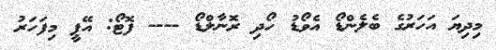
މިދިޔަ އަހަރުގެ ބެލެންޑޯ އެވޯޑު ހޯދި ރޮނާލްޑޯ ---- ފޮޓޯ: އޭޕީ މިފަހަރު